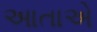
આતાએ